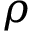
\rho